Annual administration report of the Civil Veterinary Department of India - 1897-1898
Year: 1897
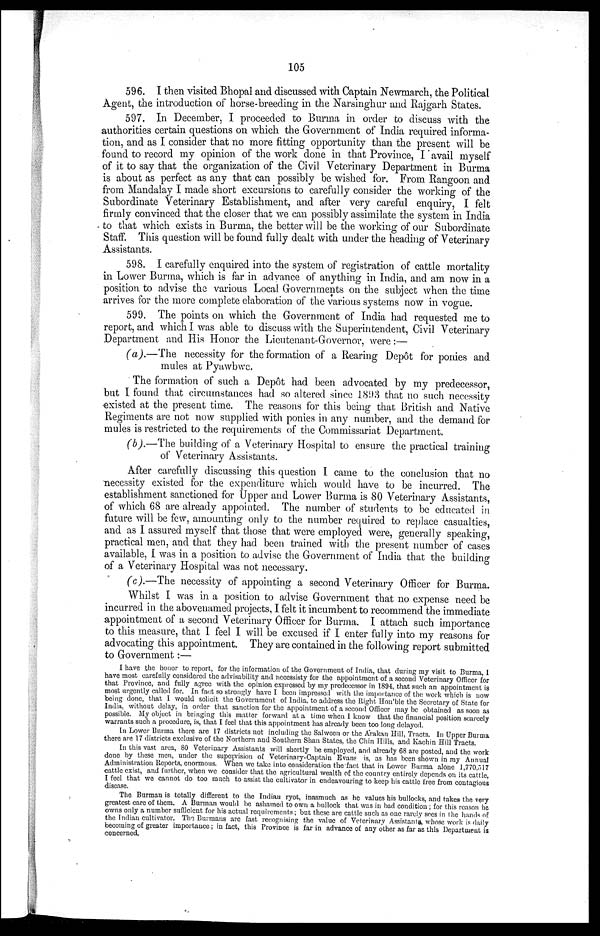
105
596. I then visited Bhopal and discussed with Captain Newmarch, the Political
Agent, the introduction of horse-breeding in the Narsinghur and Rajgarh States.
597. In December, I proceeded to Burma in order to discuss with the
authorities certain questions on which the Government of India required informa-
tion, and as I consider that no more fitting opportunity than the present will be
found to record my opinion of the work done in that Province, I avail myself
of it to say that the organization of the Civil Veterinary Department in Burma
is about as perfect as any that can possibly be wished for. From Rangoon and
from Mandalay I made short excursions to carefully consider the working of the
Subordinate Veterinary Establishment, and after very careful enquiry, I felt
firmly convinced that the closer that we can possibly assimilate the system in India
to that which exists in Burma, the better will be the working of our Subordinate
Staff. This question will be found fully dealt with under the heading of Veterinary
Assistants.
598. I carefully enquired into the system of registration of cattle mortality
in Lower Burma, which is far in advance of anything in India, and am now in a
position to advise the various Local Governments on the subject when the time
arrives for the more complete elaboration of the various systems now in vogue.
599. The points on which the Government of India had requested me to
report, and which I was able to discuss with the Superintendent, Civil Veterinary
Department and His Honor the Lieutenant-Governor, were:—
(a).—The necessity for the formation of a Rearing Depôt for ponies and
mules at Pyawbwc.
The formation of such a Depôt had been advocated by my predecessor,
but I found that circumstances had so altered since 1893 that no such necessity
existed at the present time. The reasons for this being that British and Native
Regiments are not now supplied with ponies in any number, and the demand for
mules is restricted to the requirements of the Commissariat Department.
(b).—The building of a Veterinary Hospital to ensure the practical training
of Veterinary Assistants.
After carefully discussing this question I came to the conclusion that no
necessity existed for the expenditure which would have to be incurred. The
establishment sanctioned for Upper and Lower Burma is 80 Veterinary Assistants,
of which 68 are already appointed. The number of students to be educated in
future will be few, amounting only to the number required to replace casualties,
and as I assured myself that those that were employed were, generally speaking,
practical men, and that they had been trained with the present number of cases
available, I was in a position to advise the Government of India that the building
of a Veterinary Hospital was not necessary.
(c).—The necessity of appointing a second Veterinary Officer for Burma.
Whilst I was in a position to advise Government that no expense need be
incurred in the abovenamed projects, I felt it incumbent to recommend the immediate
appointment of a second Veterinary Officer for Burma. I attach such importance
to this measure, that I feel I will be excused if I enter fully into my reasons for
advocating this appointment. They are contained in the following report submitted
to Government:—
I have the honor to report, for the information of the Government of India, that during my visit to Burma, I
have most carefully considered the advisability and necessisty for the appointment of a second Veterinary Officer for
that Province, and fully agree with the opinion expressed by my predecessor in 1894, that such an appointment is
most urgently called for. In fact so strongly have I been impressed with the importance of the work which is now
being done, that I would solicit the Government of India, to address the Right Hon'ble the Secretary of State for
India, without delay, in order that sanction for the appointment of a second Officer may be obtained as soon as
possible. My object in bringing this matter forward at a time when I know that the financial position scarcely
warrants such a procedure, is, that I feel that this appointment has already been too long delayed.
In Lower Burma there are 17 districts not including the Salween or the Arakan Hill, Tracts. In Upper Burma
there are 17 districts exclusive of the Northern and Southern Shan States, the Chin Hills, and Kachin Hill Tracts.
In this vast area, 80 Veterinary Assistants will shortly be employed, and already 68 are posted, and the work
done by these men, under the supervision of Veterinary-Captain Evans is, as has been shown in my Annual
Administration Reports, enormous. When we take into consideration the fact that in Lower Burma alone 1,770,517
cattle exist, and further, when we consider that the agricultural wealth of the country entirely depends on its cattle,
I feel that we cannot do too much to assist the cultivator in endeavouring to keep his cattle free from contagious
disease.
The Burman is totally different to the Indian ryot, inasmuch as he values his bullocks, and takes the very
greatest care of them. A Burman would be ashamed to own a bullock that was in bad condition; for this reason he
owns only a number sufficient for his actual requirements; but these are cattle such as one rarely sees in the hands of
the Indian cultivator. The Burmans are fast recognising the value of Veterinary Assistants, whose work is daily
becoming of greater importance; in fact, this Province is far in advance of any other as far as this Department is
concerned.